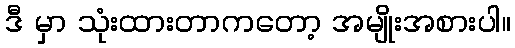
ဒီ မှာ သုံးထားတာကတော့ အမျိုးအစားပါ။